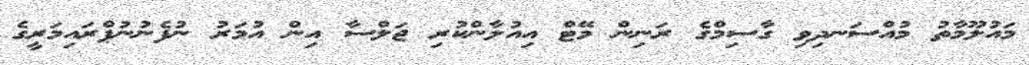
މައުލޫމާތު މުއްސަނދިވި ގާސިމްގެ ރަނިން މޭޓް އިއުލާންކުރި ޖަލްސާ އިން އުމަރު ނުފެނުނުޕްރައިމަރީގެ